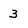
Character: 3